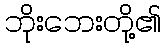
ဘိုးဘေးတို့၏